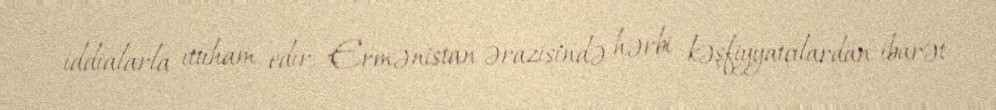
iddialarla ittiham edir, Ermənistan ərazisində hərbi kəşfiyyatçılardan ibarət